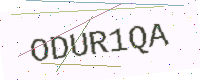
Text: ODUR1QA